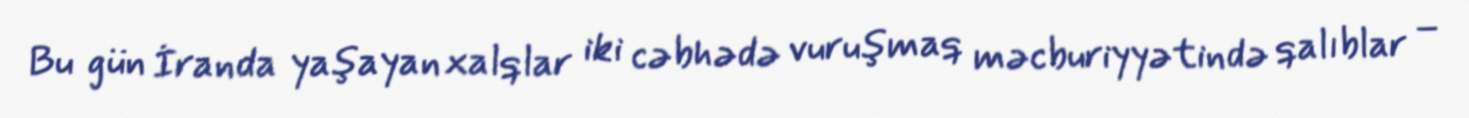
Bu gün İranda yaşayan xalqlar iki cəbhədə vuruşmaq məcburiyyətində qalıblar –